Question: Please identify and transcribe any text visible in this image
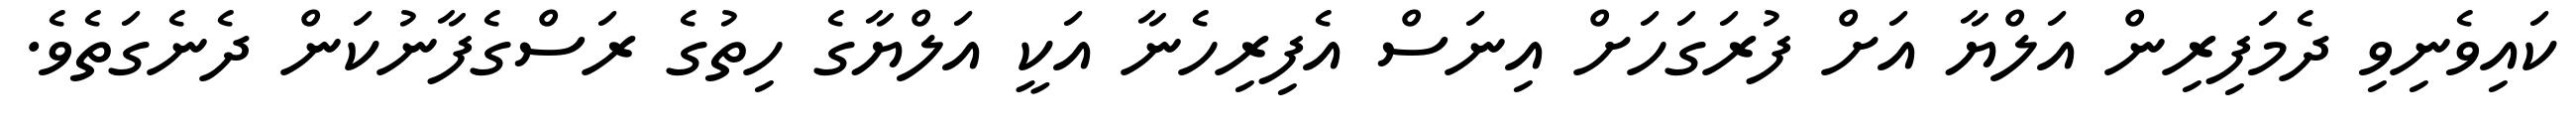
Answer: ކައިވެނިވި ދެމަފިރިން އަލްޔާ އަށް ފުރަގަހަށް އިނަސް އެފިރިހެނާ އަކީ އަލްޔާގެ ހިތުގެ ރަސްގެފާނުކަން ދެނެގަތެވެ.